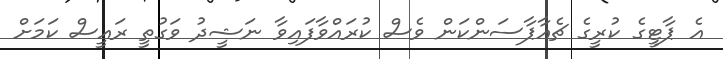
އެ ޕާޓީގެ ކުރީގެ ޗެއާޕާސަންކަން ވެސް ކުރައްވާފައިވާ ނަޝީދު ވަގުތީ ރައީސް ކަމަށް